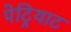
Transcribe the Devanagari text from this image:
पेट्रियाट